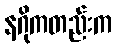
နဂိုကတည်းက